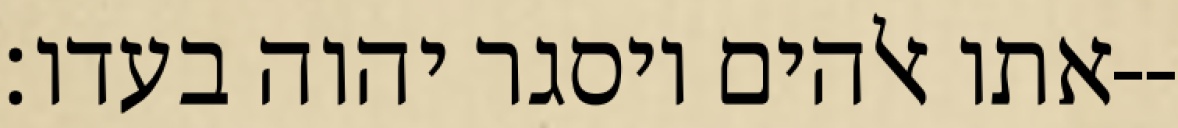
אתו אלהים ויסגר יהוה בעדו׃--